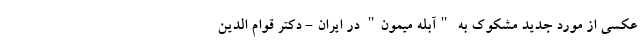
عکسی از مورد جدید مشکوک به "آبله میمون" در ایران - دکتر قوام الدین